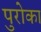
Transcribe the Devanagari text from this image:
पुरोका